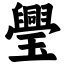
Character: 璺